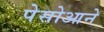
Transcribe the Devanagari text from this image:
पेसोआने